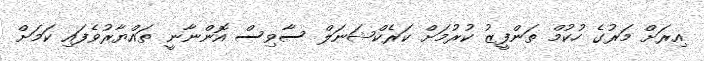
އިރަށް މަރުގެ ހުކުމް ތަންފީޒު ކުރުމަށް ކަރެކްޝަނަލް ސާވިސް އޮންނާނީ ތައްޔާރުވެފައި ކަމަށް